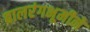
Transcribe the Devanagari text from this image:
बालरंगभूमीने